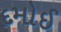
દમોઈ